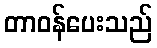
တာဝန်ပေးသည်